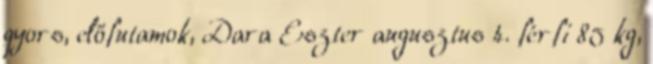
gyors, előfutamok, Dara Eszter augusztus 4. férfi 85 kg,